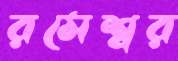
রমেশ্বর